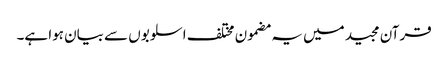
قرآن مجید میں یہ مضمون مختلف اسلوبوں سے بیان ہوا ہے۔